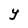
Character: Y